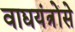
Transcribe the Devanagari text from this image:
वाद्ययंत्रोंसे